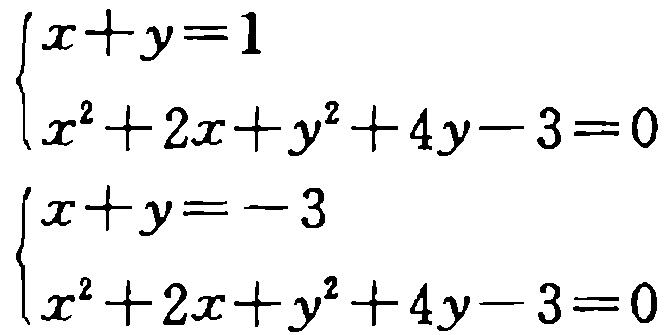
\[\begin{cases}
x + y = 1\\
x^{2}+2x + y^{2}+4y - 3 = 0
\end{cases}\]
\[\begin{cases}
x + y = -3\\
x^{2}+2x + y^{2}+4y - 3 = 0
\end{cases}\]